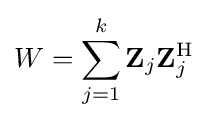
W=\sum _{j=1}^{k}\mathbf {Z} _{j}\mathbf {Z} _{j}^{\mathrm {H} }